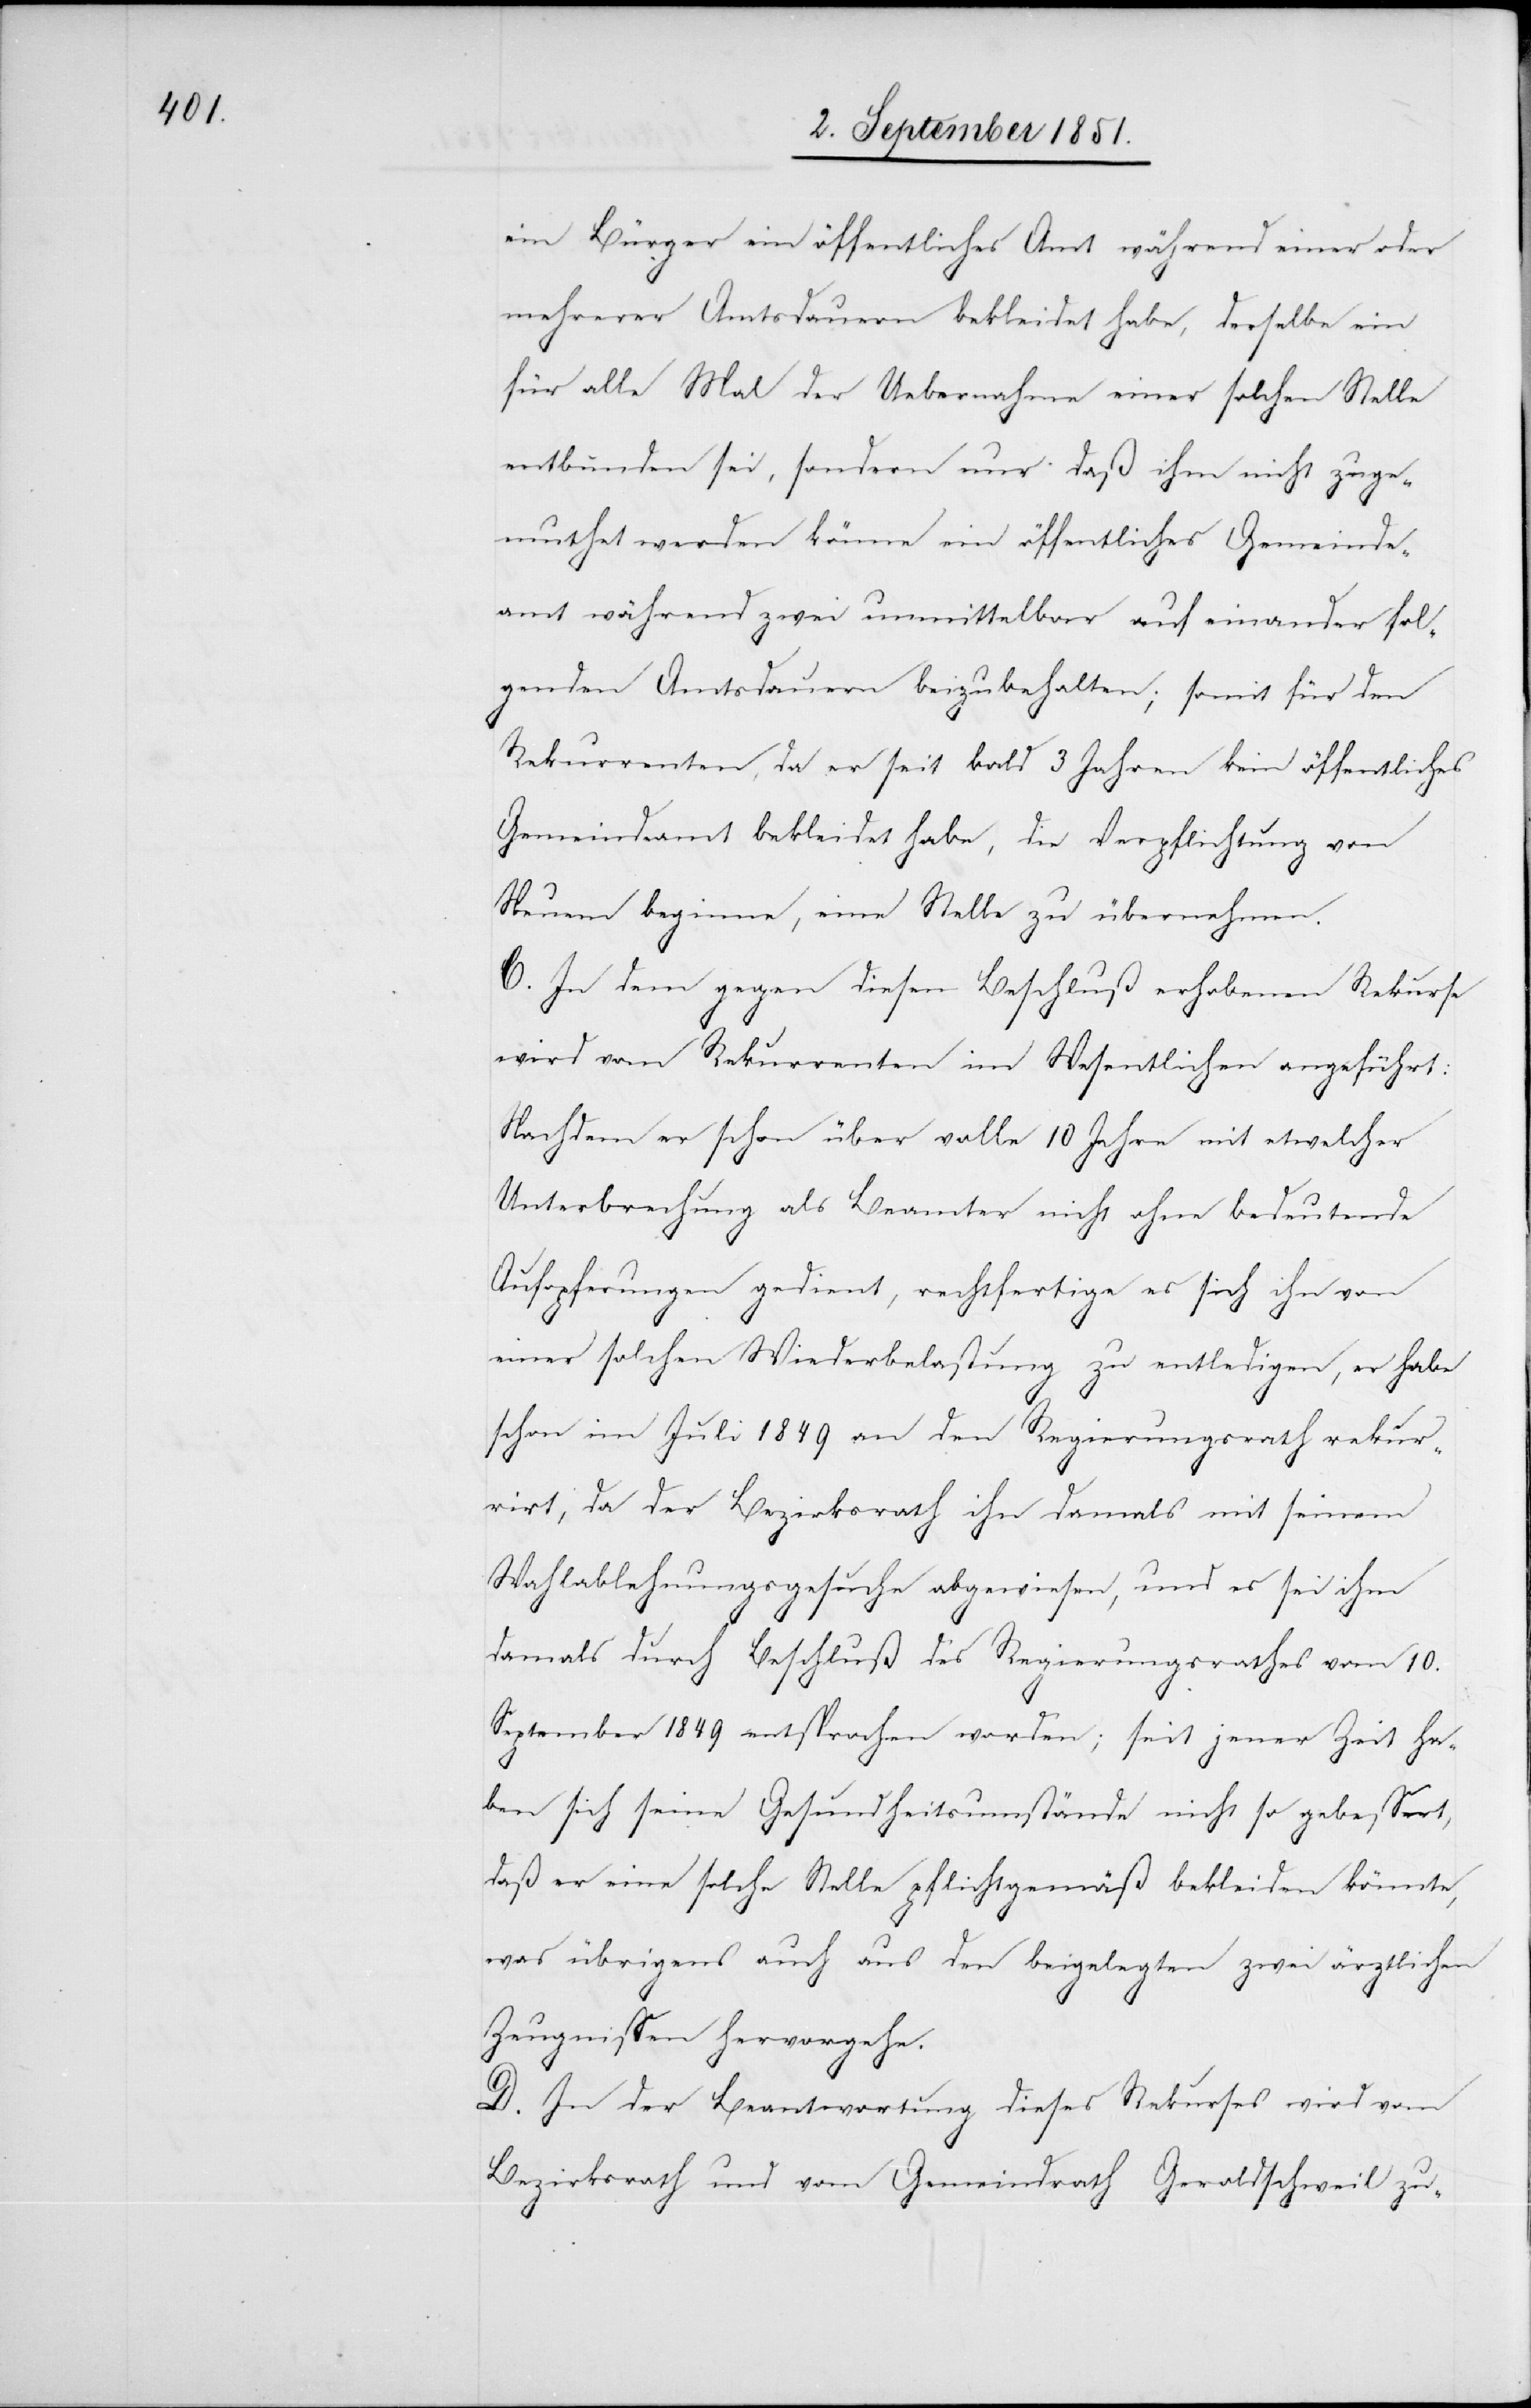
ein Bürger ein öffentliches Amt während einer oder
mehrerer Amtsdauern bekleidet habe, derselbe ein
für alle Mal der Uebernahme einer solchen Stelle
entbunden sei, sondern nur daß ihm nicht zuge¬
muthet werden könne ein öffentliches Gemeinde¬
amt während zwei unmittelbar auf einander fol¬
genden Amtsdauern beizubehalten; somit für den
Rekurrenten, da er seit bald 3 Jahren kein öffentliches
Gemeindeamt bekleidet habe, die Verpflichtung von
Neuem beginne, eine Stelle zu übernehmen.
C. In dem gegen diesen Beschluß erhobenen Rekurse
wird vom Rekurrenten im Wesentlichen angeführt:
Nachdem er schon über volle 10 Jahre mit etwelcher
Unterbrechung als Beamter nicht ohne bedeutende
Aufopferungen gedient, rechtfertige es sich ihn von
einer solchen Wiederbelastung zu entledigen, er habe
schon im Juli 1849 an den Regierungsrath rekur¬
rirt, da der Bezirksrath ihn damals mit seinem
Wahlablehnungsgesuche abgewiesen, und es sei ihm
damals durch Beschluß des Regierungsrathes vom 10.
September 1849 entsprochen worden; seit jener Zeit ha¬
ben sich seine Gesundheitsumstände nicht so gebessert,
daß er eine solche Stelle pflichtgemäß bekleiden könnte,
was übrigens auch aus den beigelegten zwei ärztlichen
Zeugnissen hervorgehe.
D. In der Beantwortung dieses Rekurses wird vom
Bezirksrath und vom Gemeindrath Geroldschweil zu-